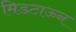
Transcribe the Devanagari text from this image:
मिडटाऊन